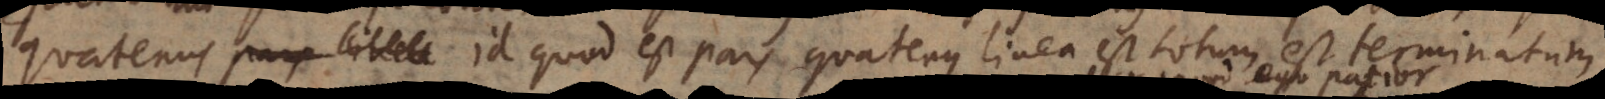
quatenus pars lineae id quod est pars quatenus linea est totum est termina